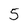
Character: 5